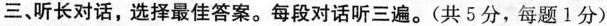
三、听长对话,选择最佳答案.每段对话听三遍.(共 5 分,每题1分)